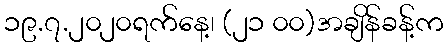
၁၉.၇.၂၀၂၀ရက်နေ့၊ (၂၁ ၀၀)အချိန်ခန့်က